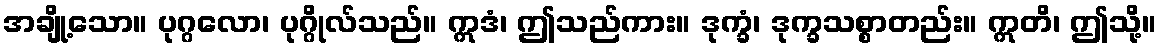
အချို့သော။ ပုဂ္ဂလော၊ ပုဂ္ဂိုလ်သည်။ ဣဒံ၊ ဤသည်ကား။ ဒုက္ခံ၊ ဒုက္ခသစ္စာတည်း။ ဣတိ၊ ဤသို့။